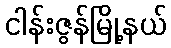
ငါန်းဇွန်မြို့နယ်